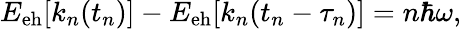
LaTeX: \begin{array}{r}{E_{\mathrm{eh}}[k_{n}(t_{n})]-E_{\mathrm{eh}}[k_{n}(t_{n}-\tau_{n})]=n\hbar\omega,}\end{array}